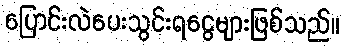
ပြောင်းလဲပေးသွင်းရငွေများဖြစ်သည်။